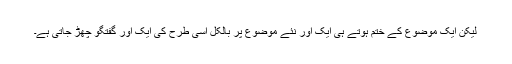
لیکن ایک موضوع کے ختم ہوتے ہی ایک اور نئے موضوع پر بالکل اسی طرح کی ایک اور گفتگو چھڑ جاتی ہے۔